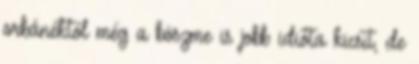
orbánéktól még a böszme is jobb idióta kicsit, de